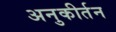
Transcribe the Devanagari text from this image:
अनुकीर्तन